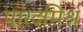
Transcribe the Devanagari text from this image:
पारदमिश्र